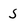
Character: 5